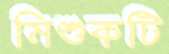
মিশুকটি